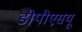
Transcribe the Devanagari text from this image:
डीपीएसयू